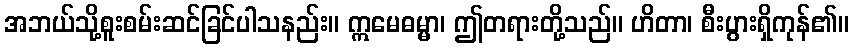
အဘယ်သို့စူးစမ်းဆင်ခြင်ပါသနည်း။ ဣမေဓမ္မာ၊ ဤတရားတို့သည်။ ဟိတာ၊ စီးပွားရှိကုန်၏။